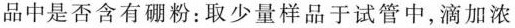
品中是否含有硼粉：取少量样品于试管中，滴加浓